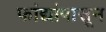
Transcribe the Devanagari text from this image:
फांद्यांपासून